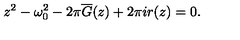
z ^ { 2 } - \omega _ { 0 } ^ { 2 } - 2 \pi \overline { { G } } ( z ) + 2 \pi i r ( z ) = 0 .